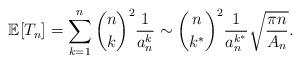
LaTeX: \begin{align*} \mathbb{E}[T_n] =\sum_{k=1}^{n} \binom{n}{k}^2 \frac{1}{a_n^k} \sim \binom{n}{k^*}^2 \frac{1}{a_n^{k^*}} \sqrt{\frac{\pi n }{A_n}}.\end{align*}